Punjab Mental Hospital Lahore 1932-46 - 1932-1946
Year: 1932
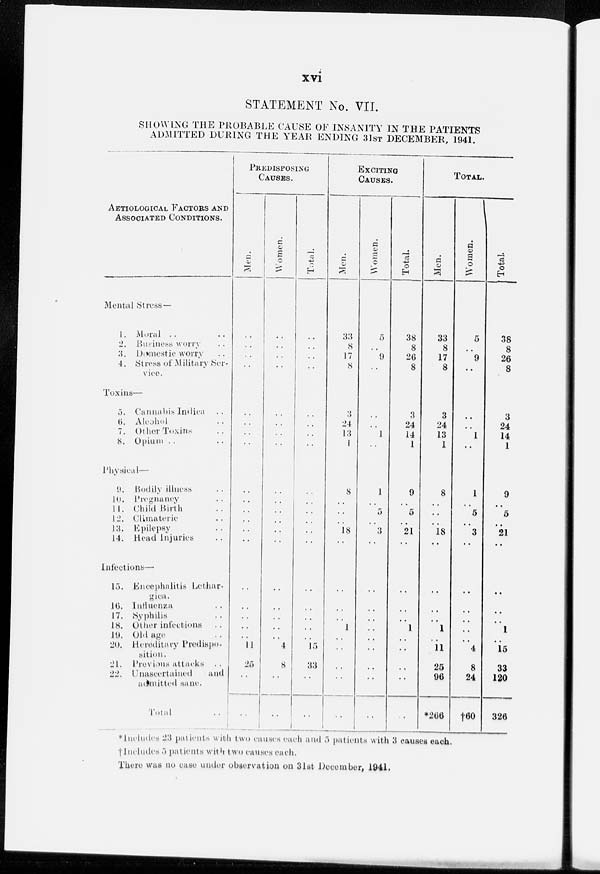
xvi
STATEMENT No. VII.
SHOWING THE PROBABLE CAUSE OF INSANITY IN THE PATIENTS
ADMITTED DURING THE YEAR ENDING 31ST DECEMBER, 1941.
AETIOLOGICAL FACTORS AND
ASSOCIATED CONDITIONS.
Mental Stress —
1.
2.
3.
4.
Moral .. ..
Business worry ..
Domestic worry ..
Stress of Military Ser-
vice.
Toxins—
5.
6.
7.
8.
Cannabis lndica ..
Alcohol ..
Other Toxins ..
Opium .. ..
Physical—
9.
10.
11
12.
13.
14.
Bodily illness ..
Pregnancy ..
Child Birth ..
Climateric ..
Epilepsy ..
Head Injuries ..
Infections—
15.
16.
17.
18.
19.
20.
21.
22.
Encephalitis Lethar-
gica.
Influenza ..
Syphilis ..
Other infections ..
Old age ..
Hereditary Predispo-
sition.
Presious attacks
..
Unascertained
and
admitted sane.
Total ..
PREDISPOSING
CAUSES.
Men.
..
..
..
..
..
..
..
..
..
..
..
..
..
..
..
..
..
..
..
11
25
..
..
Women.
..
..
..
..
..
..
..
..
..
..
..
..
..
..
..
..
..
..
..
4
8
..
..
Total.
..
. .
..
..
..
..
..
..
..
..
..
..
..
..
..
..
..
..
..
15
33
..
..
EXCITING
CAUSES.
Men.
33
8
17
8
3
24
13
1
8
..
..
..
18
..
..
..
..
1
..
..
..
..
..
Women.
5
..
9
..
..
..
1
..
1
..
5
..
3
..
..
..
..
..
..
..
..
..
..
Total.
38
8
26
8
3
24
14
1
9
..
5
..
21
..
..
..
..
1
..
..
..
..
..
TOTAL.
Men.
33
8
17
8
3
24
13
1
8
..
..
..
18
..
..
..
..
1
..
11
25
96
*266
Women.
5
..
9
..
..
..
1
..
1
..
5
..
3
..
..
..
..
..
..
4
8
24
†60
Total.
38
8
26
8
3
24
14
1
9
..
5
..
21
..
..
..
..
1
..
15
33
120
326
*Includes 23 patients with two causes each and 5 patients with 3 causes each.
†Includes 5 patients with two causes each.
There was no case under observation on 31st December, 1941.